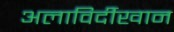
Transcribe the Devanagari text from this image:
अलाविर्दीखान